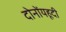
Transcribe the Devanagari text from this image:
दोनोंयहूदी